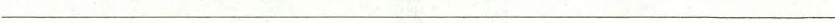
___